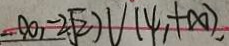
- \infty , - 2 \sqrt { 2 } ) \cup ( \varphi , + \infty , ) ,